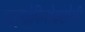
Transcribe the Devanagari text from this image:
हाइपोफिसेक्टोमी